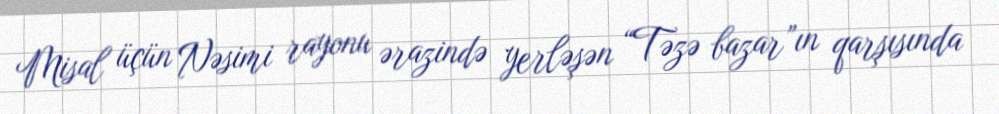
Misal üçün Nəsimi rayonu ərazində yerləşən “Təzə bazar”ın qarşısında